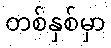
တစ်နှစ်မှာ